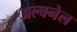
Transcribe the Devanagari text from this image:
अल्बनेल